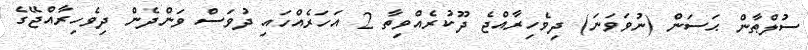
ސުލްޠާން ޙަސަން (ނުވަވަނަ) ދިވެހިރާއްޖެ ދޫކުރެއްވިތާ 2 އަހަރެއްހައި ދުވަސް ވަންދެން ދިވެހިރާއްޖޭގެ